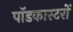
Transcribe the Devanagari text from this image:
पॉडकास्टरों